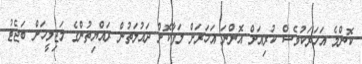
ކޮންމެ އަހަރަކުވެސް ކުރިއަށް އޮންނަ އަހަރަށް ލަފާކޮށް ދައުލަތުން ރައްޔިތުންގެ މަޖިލީހަށް ބަޖެޓު